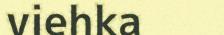
viehka